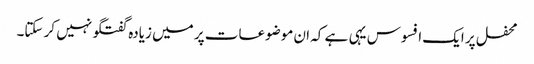
محفل پر ایک افسوس یہی ہے کہ ان موضوعات پر میں زیادہ گفتگو نہیں کر سکتا۔